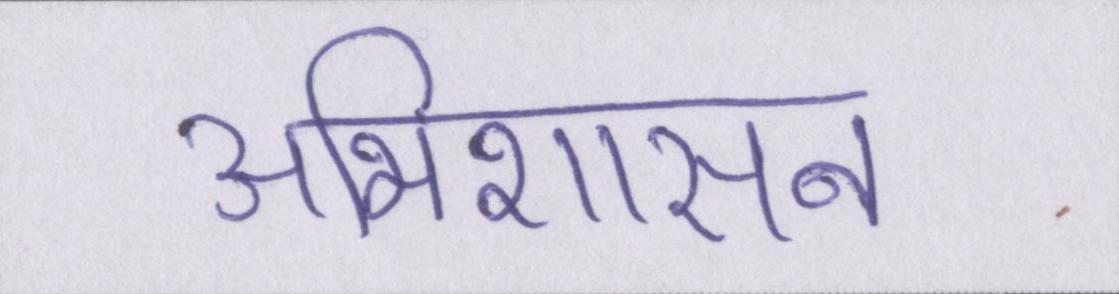
अभिशासन